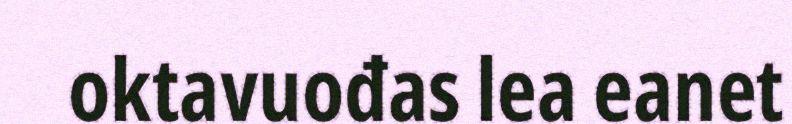
oktavuođas lea eanet